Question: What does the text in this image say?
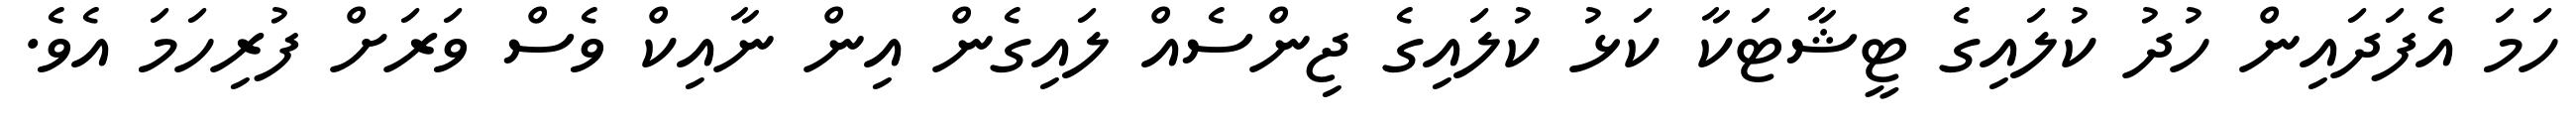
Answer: ހަމަ އެފަދައިން ހުދު ކުލައިގެ ޓީޝާޓަކާ ކަޅު ކުލައިގެ ޖިންސެއް ލައިގެން އިން ނާއިކް ވެސް ވަރަށް ފުރިހަމަ އެވެ.